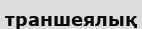
траншеялық